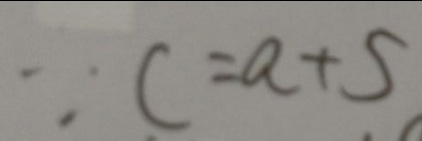
\because c = a + 5